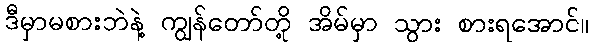
ဒီမှာမစားဘဲနဲ့ ကျွန်တော်တို့ အိမ်မှာ သွား စားရအောင်။